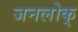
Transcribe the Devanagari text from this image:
जनलोक्